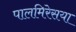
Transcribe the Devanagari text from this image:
पालमिरेसया